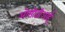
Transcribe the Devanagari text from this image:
ओसीजीआई